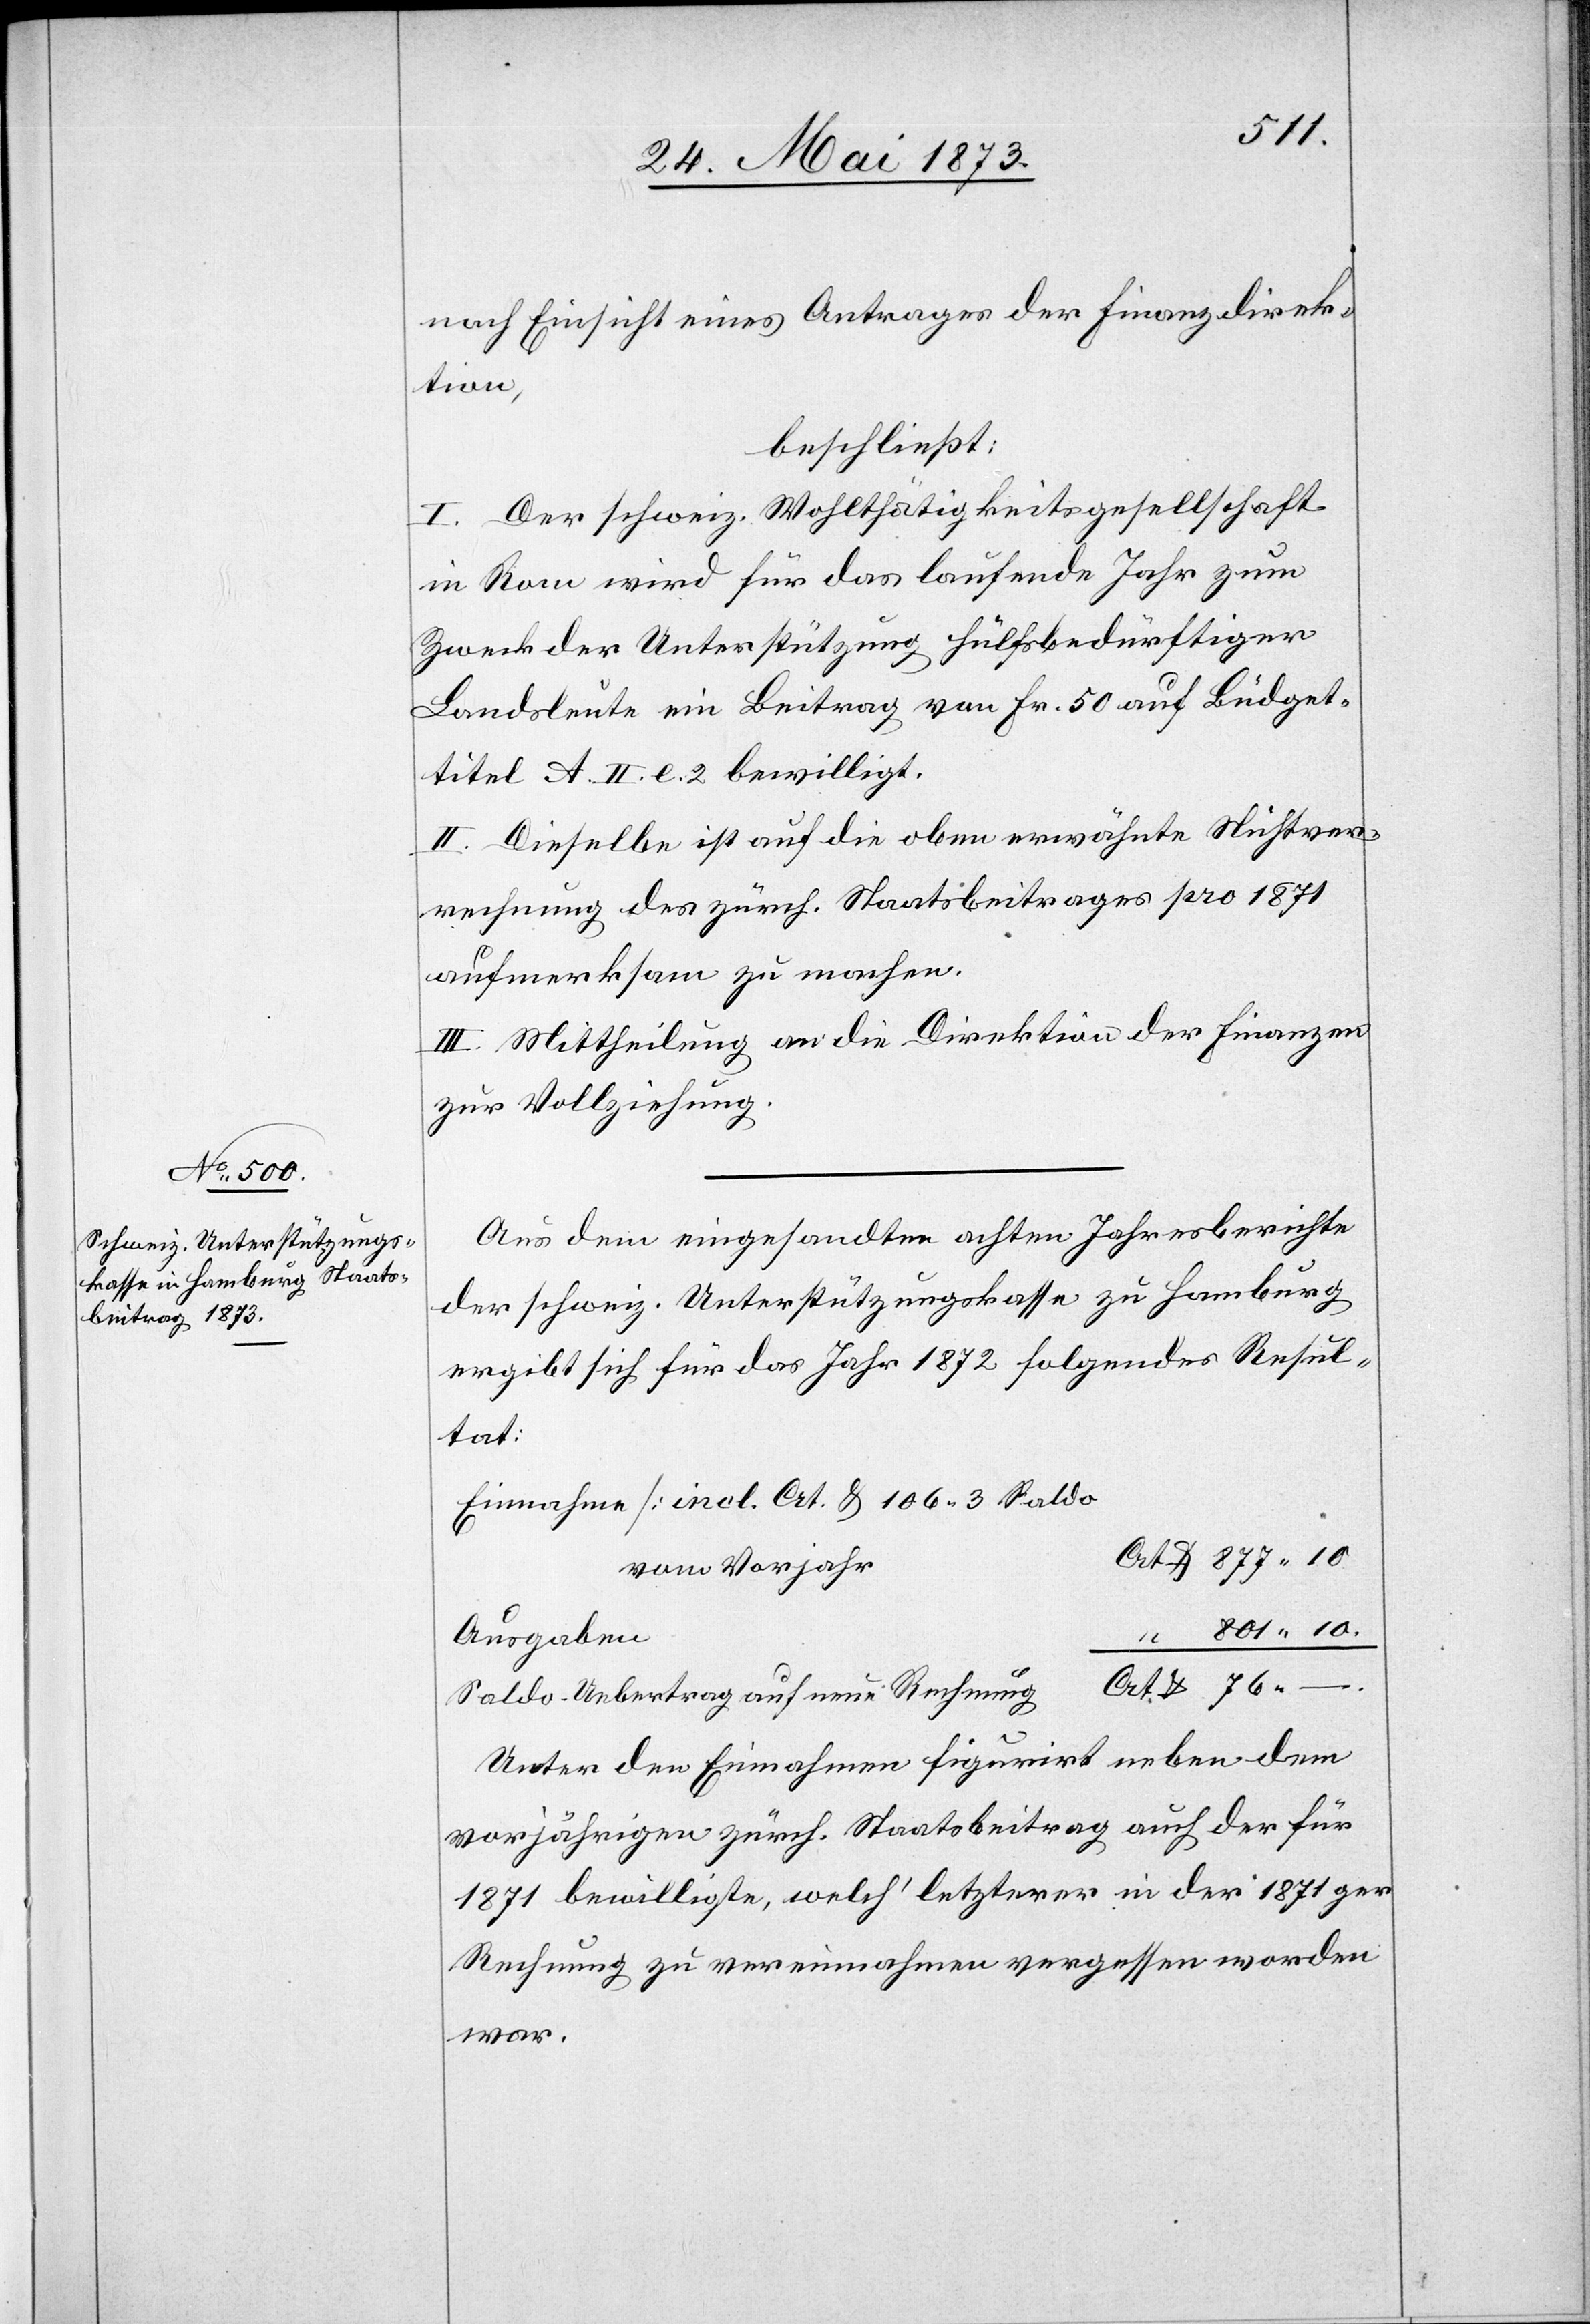
nach Einsicht eines Antrages der Finanzdirek¬
tion,
beschließt:
I. Der schweiz. Wohlthätigkeitsgesllschaft
in Rom wird für das laufende Jahr zum
Zweck der Unterstützung hülfsbedürftiger
Landsleute ein Beitrag von Fr. 50 auf Büdget¬
titel A. II. e. 2 bewilligt.
II. Dieselbe ist auf die oben erwähnte Nichtver¬
rechnung des zürch. Staatsbeitrages pro 1871
aufmerksam zu machen.
III. Mittheilung an die Direktion der Finanzen
zur Vollziehung.
Aus dem eingesandten achten Jahresberichte
der schweiz. Unterstützungskasse zu Hamburg
ergibt sich für das Jahr 1872 folgendes Resul¬
tat:
Einnahmen [incl. Crt. lb 106 3 Saldo
vom Vorjahr]
801 10.
Ausgaben
Crt.
–.
Saldo-Uebertrag auf neue Rechnung
Unter den Einnahmen figurirt neben dem
vorjährigen zürch. Staatsbeitrag auch der für
1871 bewilligte, welch’ letzterer in der 1871ger
Rechnung zu vereinnahmen vergessen worden
war.